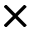
\times